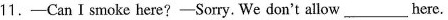
11.-Can I smoke here?-Sorry. We don't allow___here.